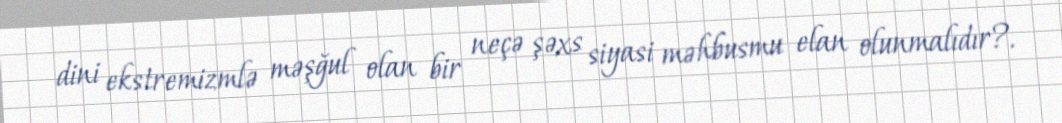
dini ekstremizmlə məşğul olan bir neçə şəxs siyasi məhbusmu elan olunmalıdır?.